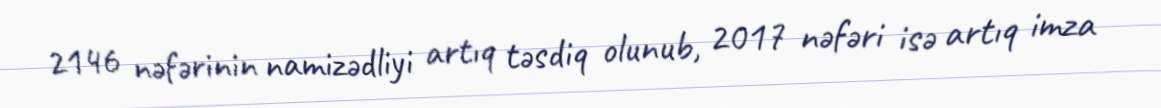
2146 nəfərinin namizədliyi artıq təsdiq olunub, 2017 nəfəri isə artıq imza